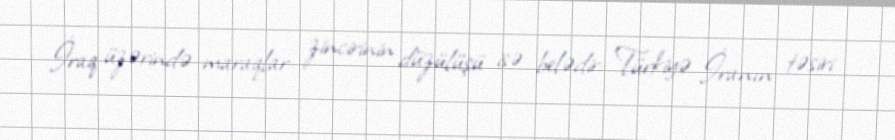
İraq üzərində maraqlar zincirinin düzülüşü isə belədir: Türkiyə İranın təsiri